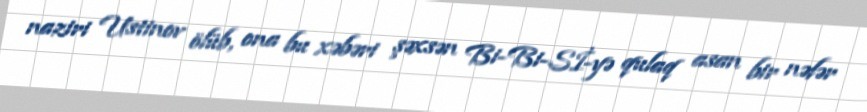
naziri Ustinov ölüb, ona bu xəbəri şəxsən Bi-Bi-Sİ-yə qulaq asan bir nəfər